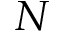
N